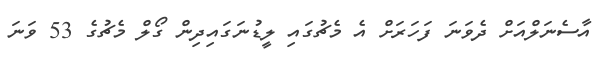
އާސެނަލްއަށް ދެވަނަ ފަހަރަށް އެ މެޗުގައި ލީޑުނަގައިދިން ގޯލް މެޗުގެ 53 ވަނަ